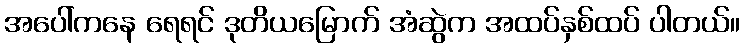
အပေါ်ကနေ ရေရင် ဒုတိယမြောက် အံဆွဲက အထပ်နှစ်ထပ် ပါတယ်။